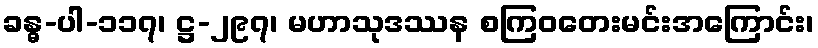
ခန္ဓ-ပါ-၁၁၇၊ ဋ္ဌ-၂၉၇၊ မဟာသုဒဿန စကြဝတေးမင်းအကြောင်း၊